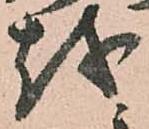
越